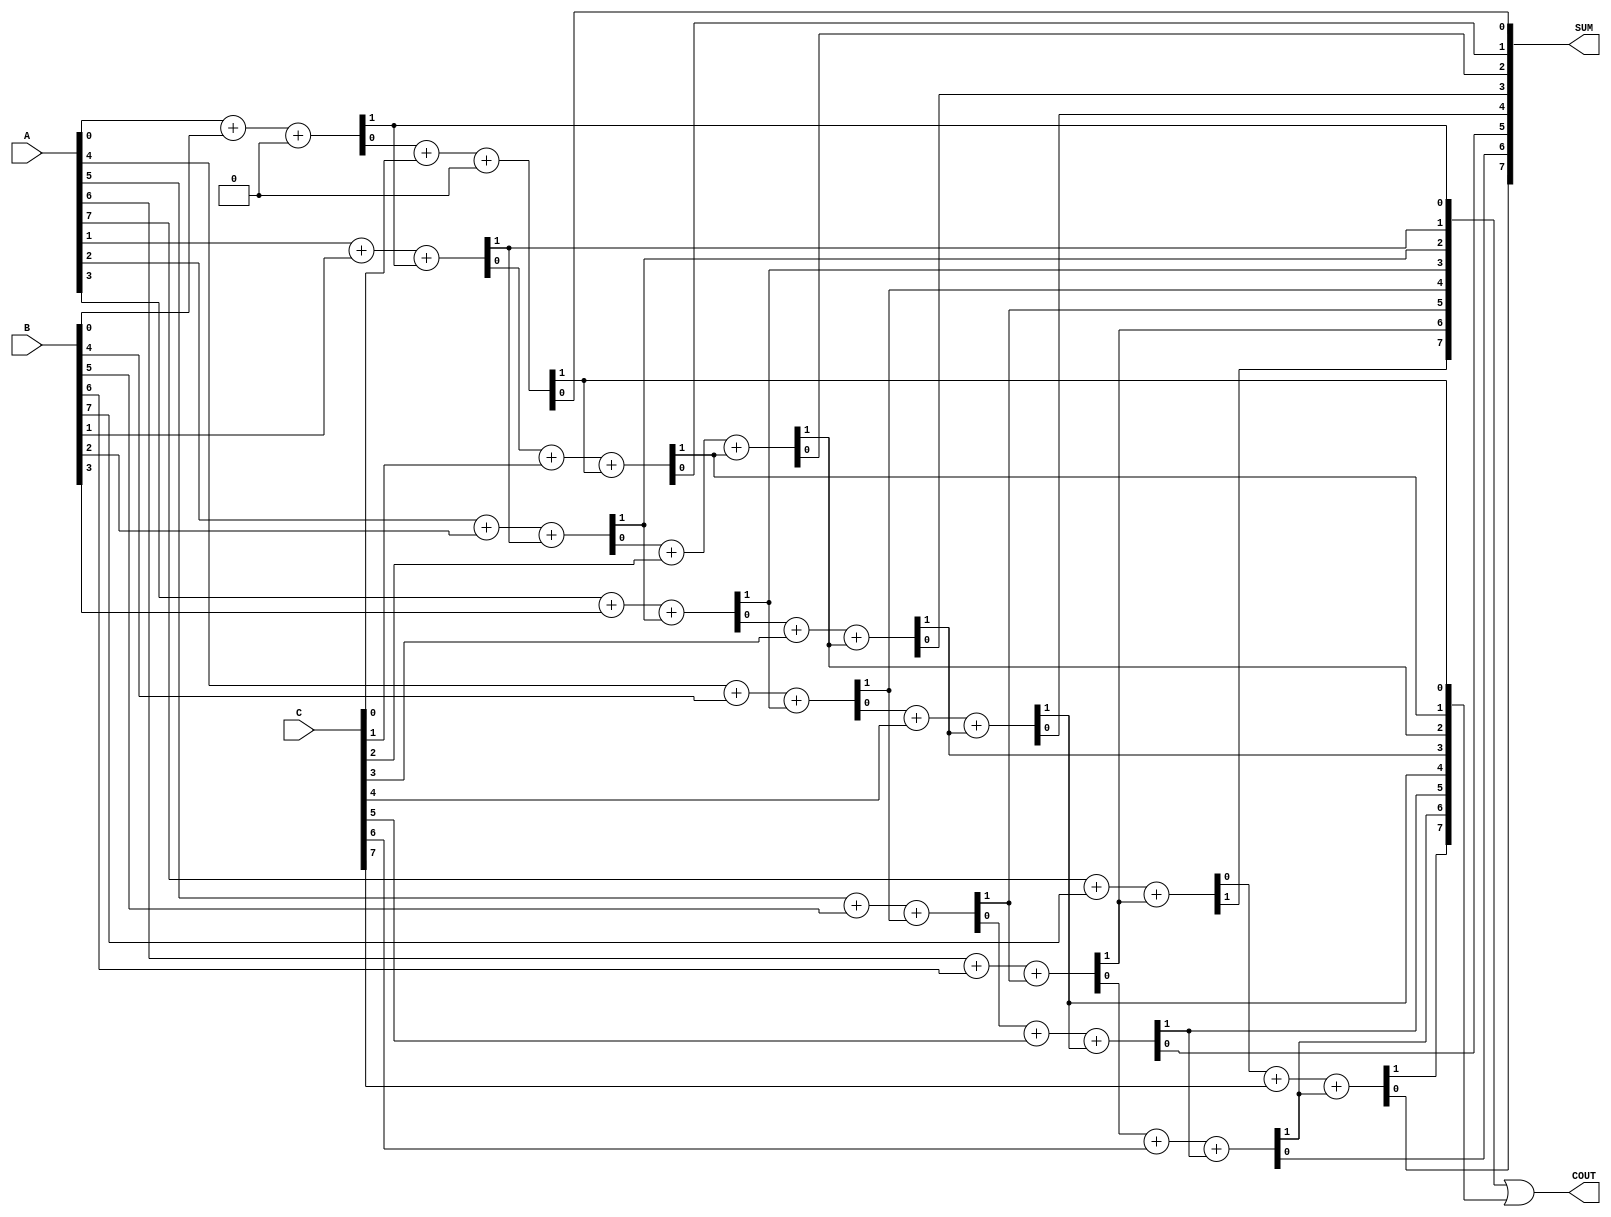
module modified_csa #(parameter WIDTH = 8)
(
    input  [WIDTH-1:0] A,    // First operand
    input  [WIDTH-1:0] B,    // Second operand
    input  [WIDTH-1:0] C,    // Third operand
    output [WIDTH-1:0] SUM,   // Sum output
    output [WIDTH-1:0] COUT   // Carry output
);

    wire [WIDTH-1:0] sum1, carry1;
    wire [WIDTH-1:0] sum2, carry2;

    // Stage 1: Pairwise addition using full adders
    genvar i;

    // First full adder stage
    for (i = 0; i < WIDTH; i = i + 1) begin: stage1
        if (i == 0) begin
            // First bit, no carry-in
            assign {carry1[i], sum1[i]} = A[i] + B[i] + 1'b0;
        end
        else begin
            assign {carry1[i], sum1[i]} = A[i] + B[i] + carry1[i-1];
        end
    end

    // Second stage: Adding the carry from the first stage with third operand
    for (i = 0; i < WIDTH; i = i + 1) begin: stage2
        if (i == 0) begin
            // First bit, no carry-in
            assign {carry2[i], sum2[i]} = sum1[i] + C[i] + 1'b0;
        end
        else begin
            assign {carry2[i], sum2[i]} = sum1[i] + C[i] + carry2[i-1];
        end
    end

    // Final output assignments
    assign SUM = sum2;
    assign COUT = carry1 | carry2; // Final carry output

endmodule